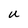
Character: U